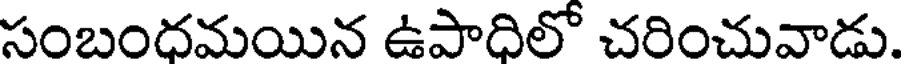
సంబందమయిన ఉపాదిలో చరించువాడు.